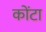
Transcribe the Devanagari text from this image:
कोंटा